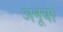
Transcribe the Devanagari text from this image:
अनूया